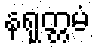
နရုတ္တမံ